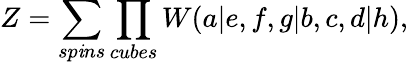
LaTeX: Z=\sum_{sp\mathit{i}ns}\prod_{cubes}W(a|e,f,g|b,c,d|h),